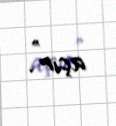
açır".